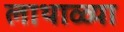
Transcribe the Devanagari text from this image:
लाथाळ्या